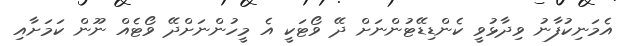
އެމަނިކުފާނު ވިދާޅުވީ ކެންޑިޑޭޓުންނަށް ދޭ ވޯޓަކީ އެ މީހުންނަށްދޭ ވޯޓެއް ނޫން ކަމަށާއި